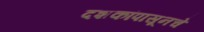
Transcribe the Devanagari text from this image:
दशकांपासूनचे